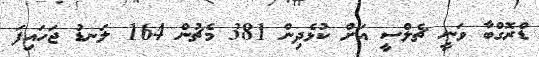
ޑްރޮގްބާ ވަނީ ޗެލްސީ އަށް ކުޅެދިން 381 މެޗުން 164 ލަނޑު ޖަހައިފަ